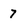
Character: 7